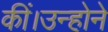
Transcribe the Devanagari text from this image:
कीं।उन्होने